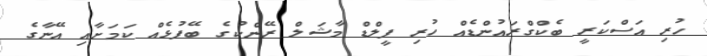
ހުރި އަސްކަރީ ބެކްގްރައުންޑެއް ހުރި ފީލްޑް މާޝަލް ރޭންކުގެ ބޭފުޅެއް ކަމަށާއި އޭނާގެ